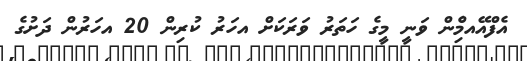
އެފްއޭއމެްިން ވަނީ މީގެ ހަތަރު ވަރަކަށް އހަރު ކުރިން 20 އހަރުން ދަށުގެ